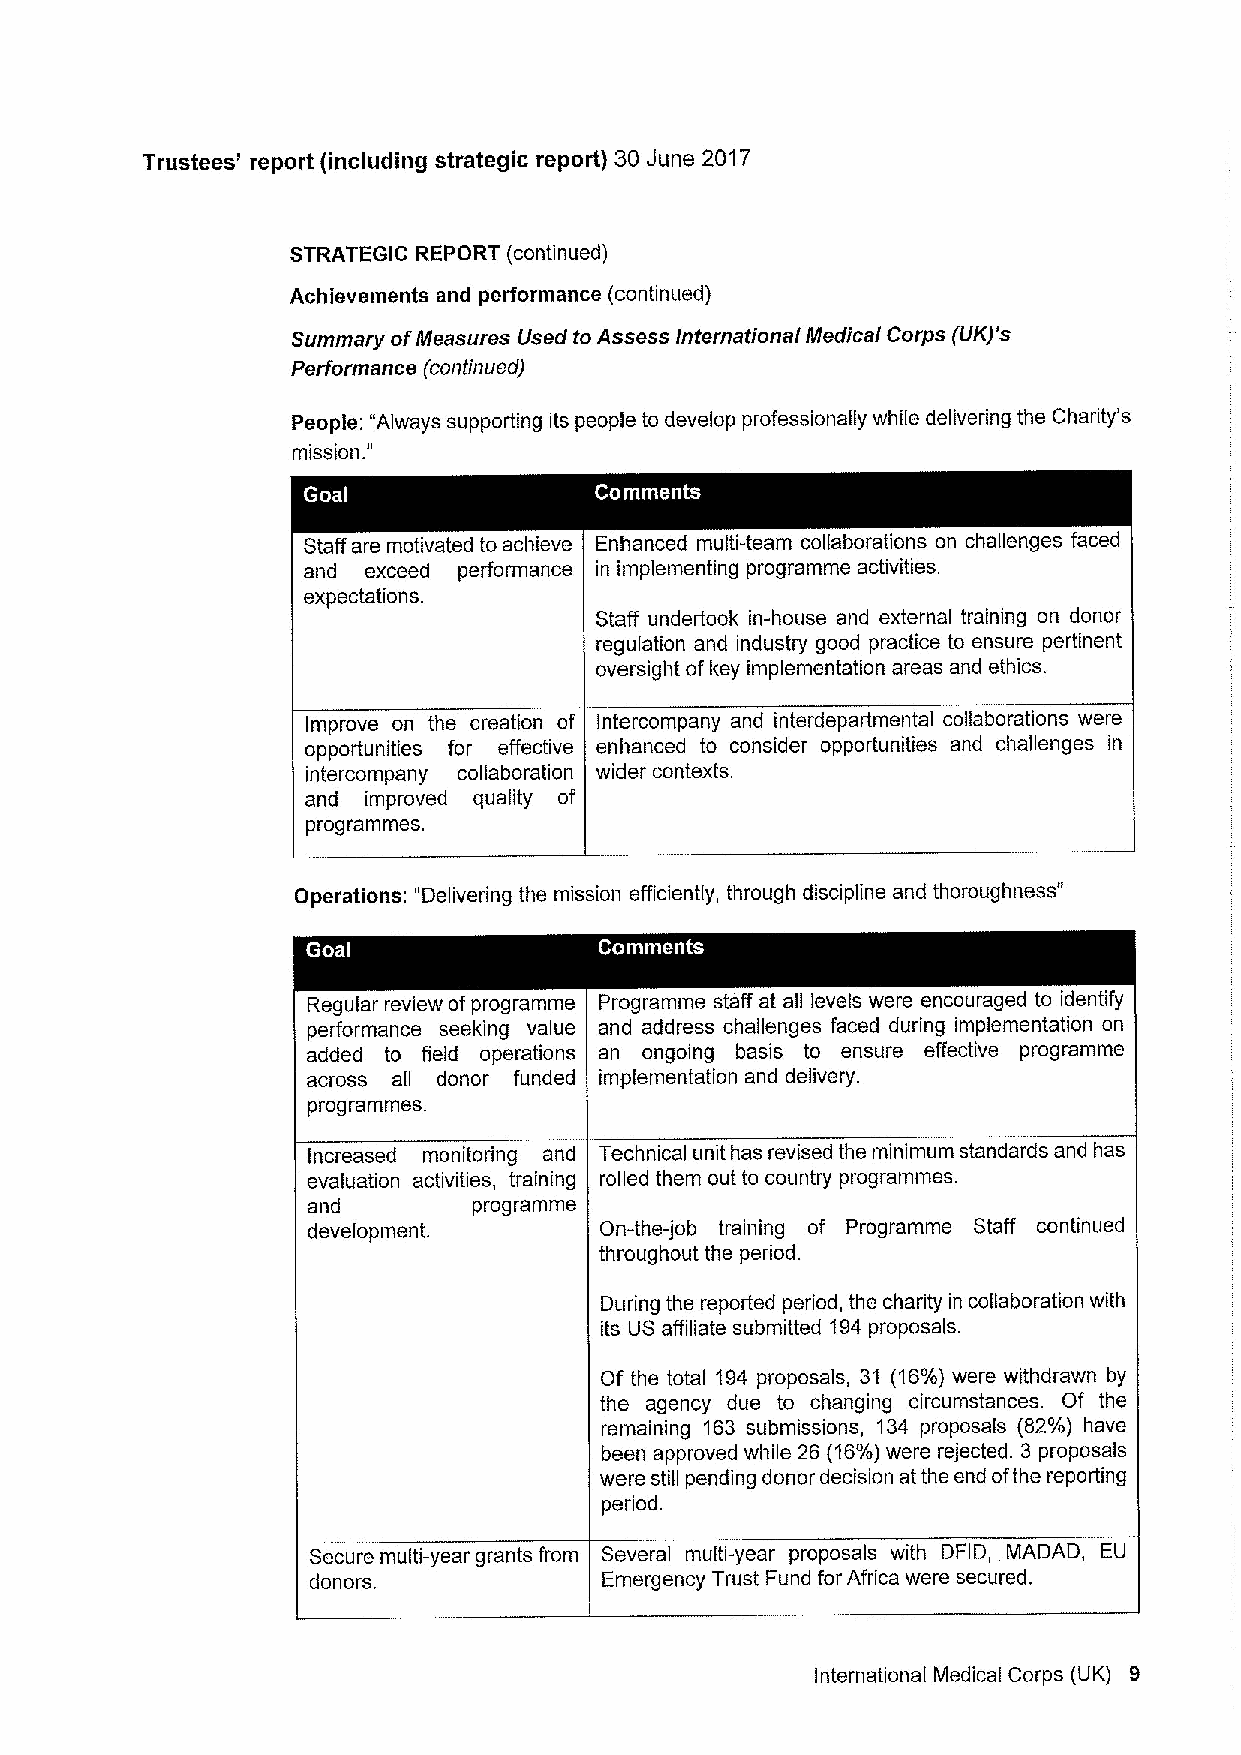
Trustees' report (including strategic report) 30 June 2017
 STRATEGIC REPORT (continued)
 Achievements and performance (continued)
 Summary ofMeasures Used to Assess International Medical Corps (UK)'s
 Performance (continued)
 People: "Always supporting its people to develop professionally while delivering the Charity's
 "
 mission.
 Staff are motivated to achieve Enhanced multi-team collaborations on challenges faced
 and exceed performance in implementing programme activities.
 expectations.
 Staff undertook in-house and external training on donor
 regulation and industry good practice to ensure pertinent
 oversight ofkey implementation areas and ethics.
 Improve on the creation of Intercompany and interdepartmental collaborations were
 opportunities for effective enhanced to consider opportunities and challenges in
 intercompany collaboration wider contexts.
 and improved quality of
 programmes.
 Operations: "Delivering the mission efficiently, through discipline and thoroughness"
 Regular review ofprogramme Programme staff at all levels were encouraged to identify
 performance seeking value and address challenges faced during implementation on
 added to field operations an ongoing basis to ensure effective programme
 across all donor funded implementation and delivery.
 programmes.
 Increased monitoring and Technical unit has revised the minimum standards and has
 evaluation activities, training rolled them out to country programmes.
 and        programme
 development.        On-the-job training of Programme Staff continued
 throughout the period.
 During the reported period, the charity in collaboration with
 its US affiliate submitted 194proposals.
 Of the total 194 proposals, 31 (16%)were withdrawn by
 the agency due to changing circumstances. Of the
 remaining 163 submissions, 134 proposals (82%) have
 been approved while 26 (16%)were rejected. 3 proposals
 were still pending donor decision at the end ofthe reporting
 period.
 Secure multi-year grants from Several multi-year proposals with DFID, MADAD, EU
 donors.            Emergency Trust Fund for Africa were secured,
 International Medical Corps (UK) 9